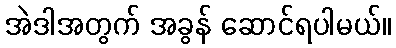
အဲဒါအတွက် အခွန် ဆောင်ရပါမယ်။